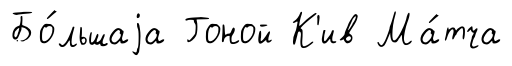
Бо́льшаjа Гоной К'ив Ма́тча